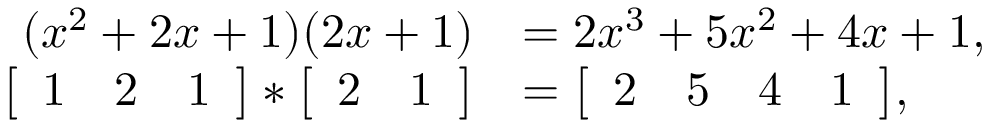
\begin{array} { r l } { ( x ^ { 2 } + 2 x + 1 ) ( 2 x + 1 ) } & { = 2 x ^ { 3 } + 5 x ^ { 2 } + 4 x + 1 , } \\ { \bigl [ \begin{array} { c c c } { 1 } & { 2 } & { 1 } \end{array} \bigr ] * \bigl [ \begin{array} { c c } { 2 } & { 1 } \end{array} \bigr ] } & { = \bigl [ \begin{array} { c c c c } { 2 } & { 5 } & { 4 } & { 1 } \end{array} \bigr ] , } \end{array}